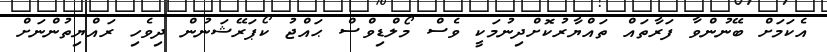
އެކަމަށް ބޭނުންވާ ފަރާތައް ތައްޔާރުކޮށްދިނުމަކީ ވެސް މޯލްޑިވްސް ޙައްޖު ކޯޕަރޭޝަނުން ދިވެހި ރައްޔިތުންނަށް